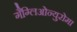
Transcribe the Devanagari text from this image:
गैग्लिओन्युरोमा